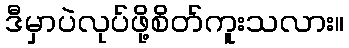
ဒီမှာပဲလုပ်ဖို့စိတ်ကူးသလား။